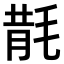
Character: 𣮠